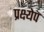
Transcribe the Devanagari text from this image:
प्रक्ष्येप